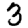
Digit: 3